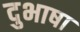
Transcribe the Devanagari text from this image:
दुभाषा